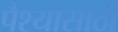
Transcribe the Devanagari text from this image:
पैश्यासाठी